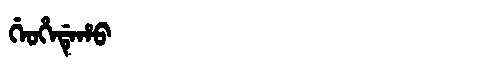
Manchu: ᡤᡝᠣᡥᡝᡩᡝᡥᠣ
Romanization: GEOHEDEHO